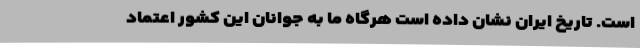
است. تاریخ ایران نشان داده است هرگاه ما به جوانان این کشور اعتماد